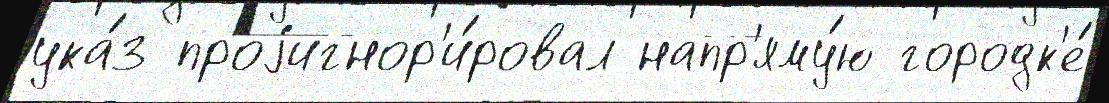
ука́з проjигнор'и́ровал напр'яму́ю городк'е́